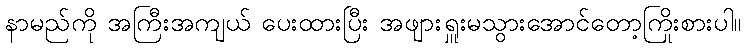
နာမည်ကို အကြီးအကျယ် ပေးထားပြီး အဖျားရှူးမသွားအောင်တော့ကြိုးစားပါ။